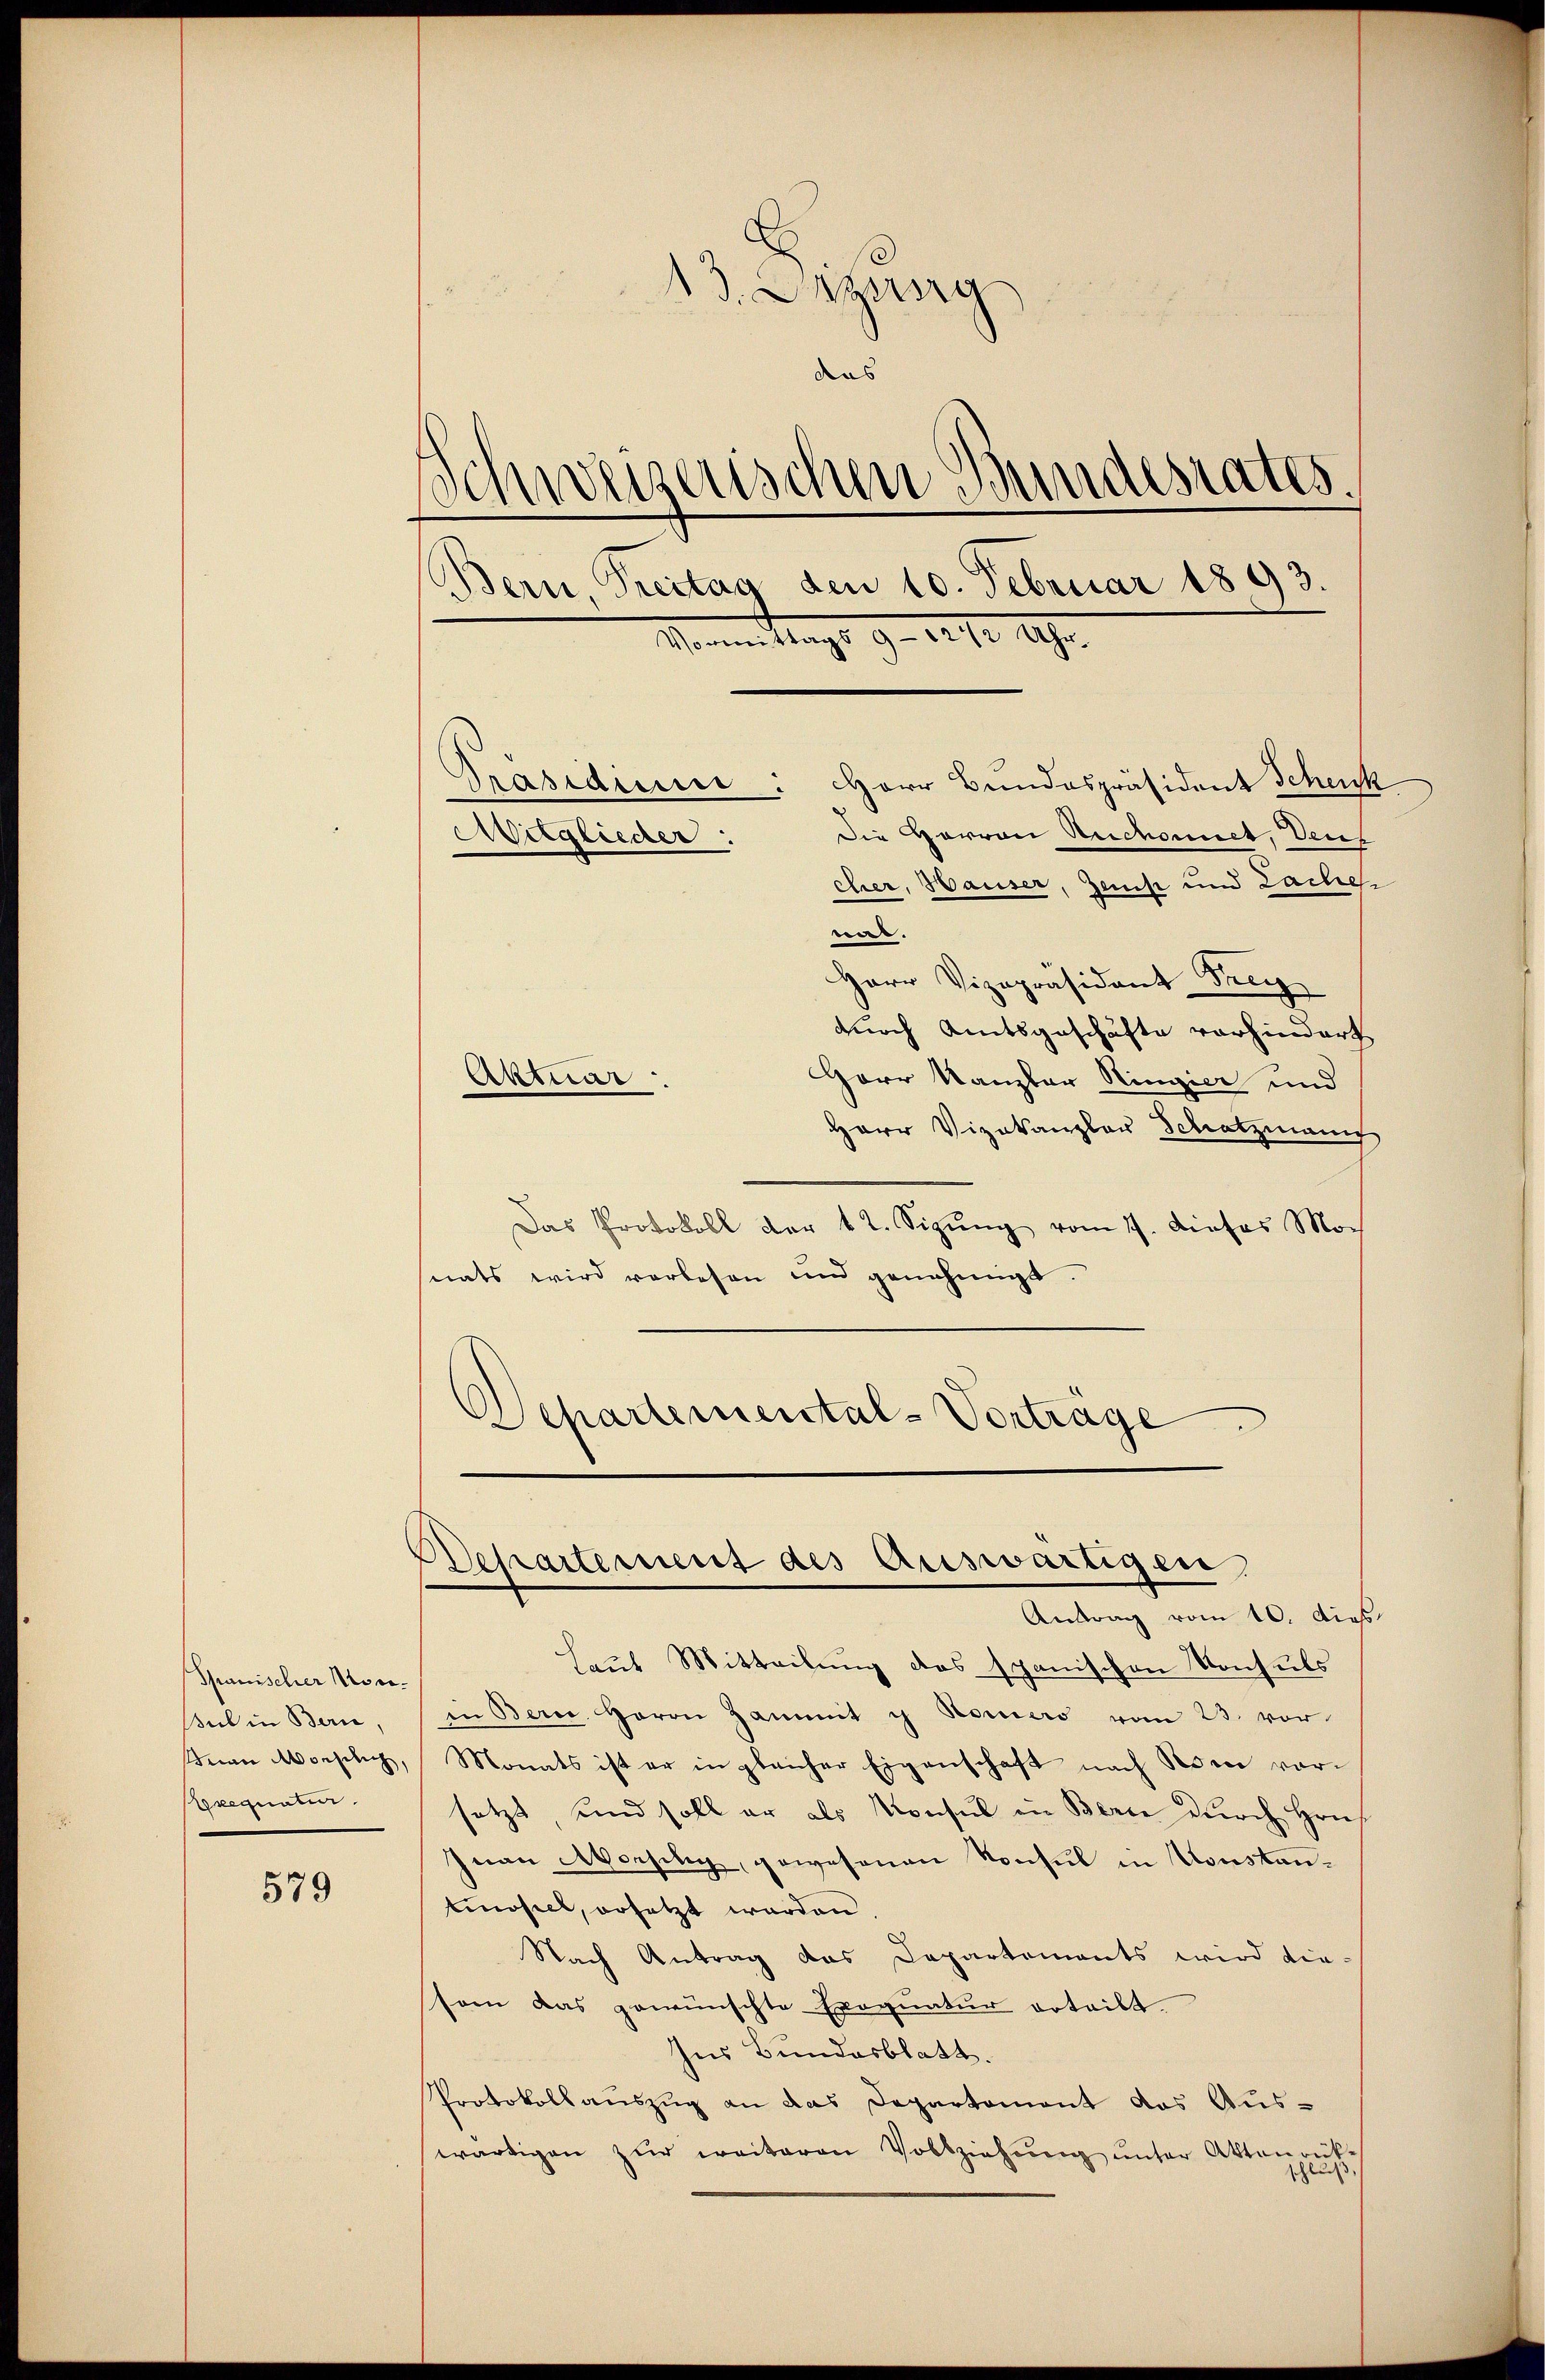
Spanischer Nov.
sul in Bern,
Seian Michlich,
Exequatur

579

d
13. Dezung
das
Schweizerischen Bundesrates.
Bern, Freitag den 10. Februar 1893.
Mennen Magst G. c. fr. 1890.
Präsidume: Herr Bundespräsident Schenk
Mitglieder
Die Herren Ruchonnet, dens
eher, Hauser, Zeis und Lache

.
Herr Vizepräsident Frey
durch Amtsgeschäfte vorhindert
Aktuar
Herr Kanzler Ringier und
Herr Vizekanzler Schatzmann
Das Protokoll der 4t. Sizŭng vom 7. dieses Monats wird vorlesen und genehmigt
Separtemental-Vorträge

Departement des Auswärtigen
Antrag vom 10. dies

Laut Mitteilung das spanischen Konsuls
in Bern, Herrn Hammit y Homers vom 23. vor
Monats ist er in gleicher Eigenschaft nach Pore vorsetzt, und soll er als Konsul in Berne durch Hrn.
Inan Morschy, gewesenen Konsul in Konstantinosich, ersetzt werden
Nach Antrag das Departements wird die-
sem das gewünschte Exequatur erteilt.
Ins Bundesblatt.
Protokollauszug an das Departement das Auswärtigen zŭr weiteren Vollziehŭng ŭnter Aktenrück-
s